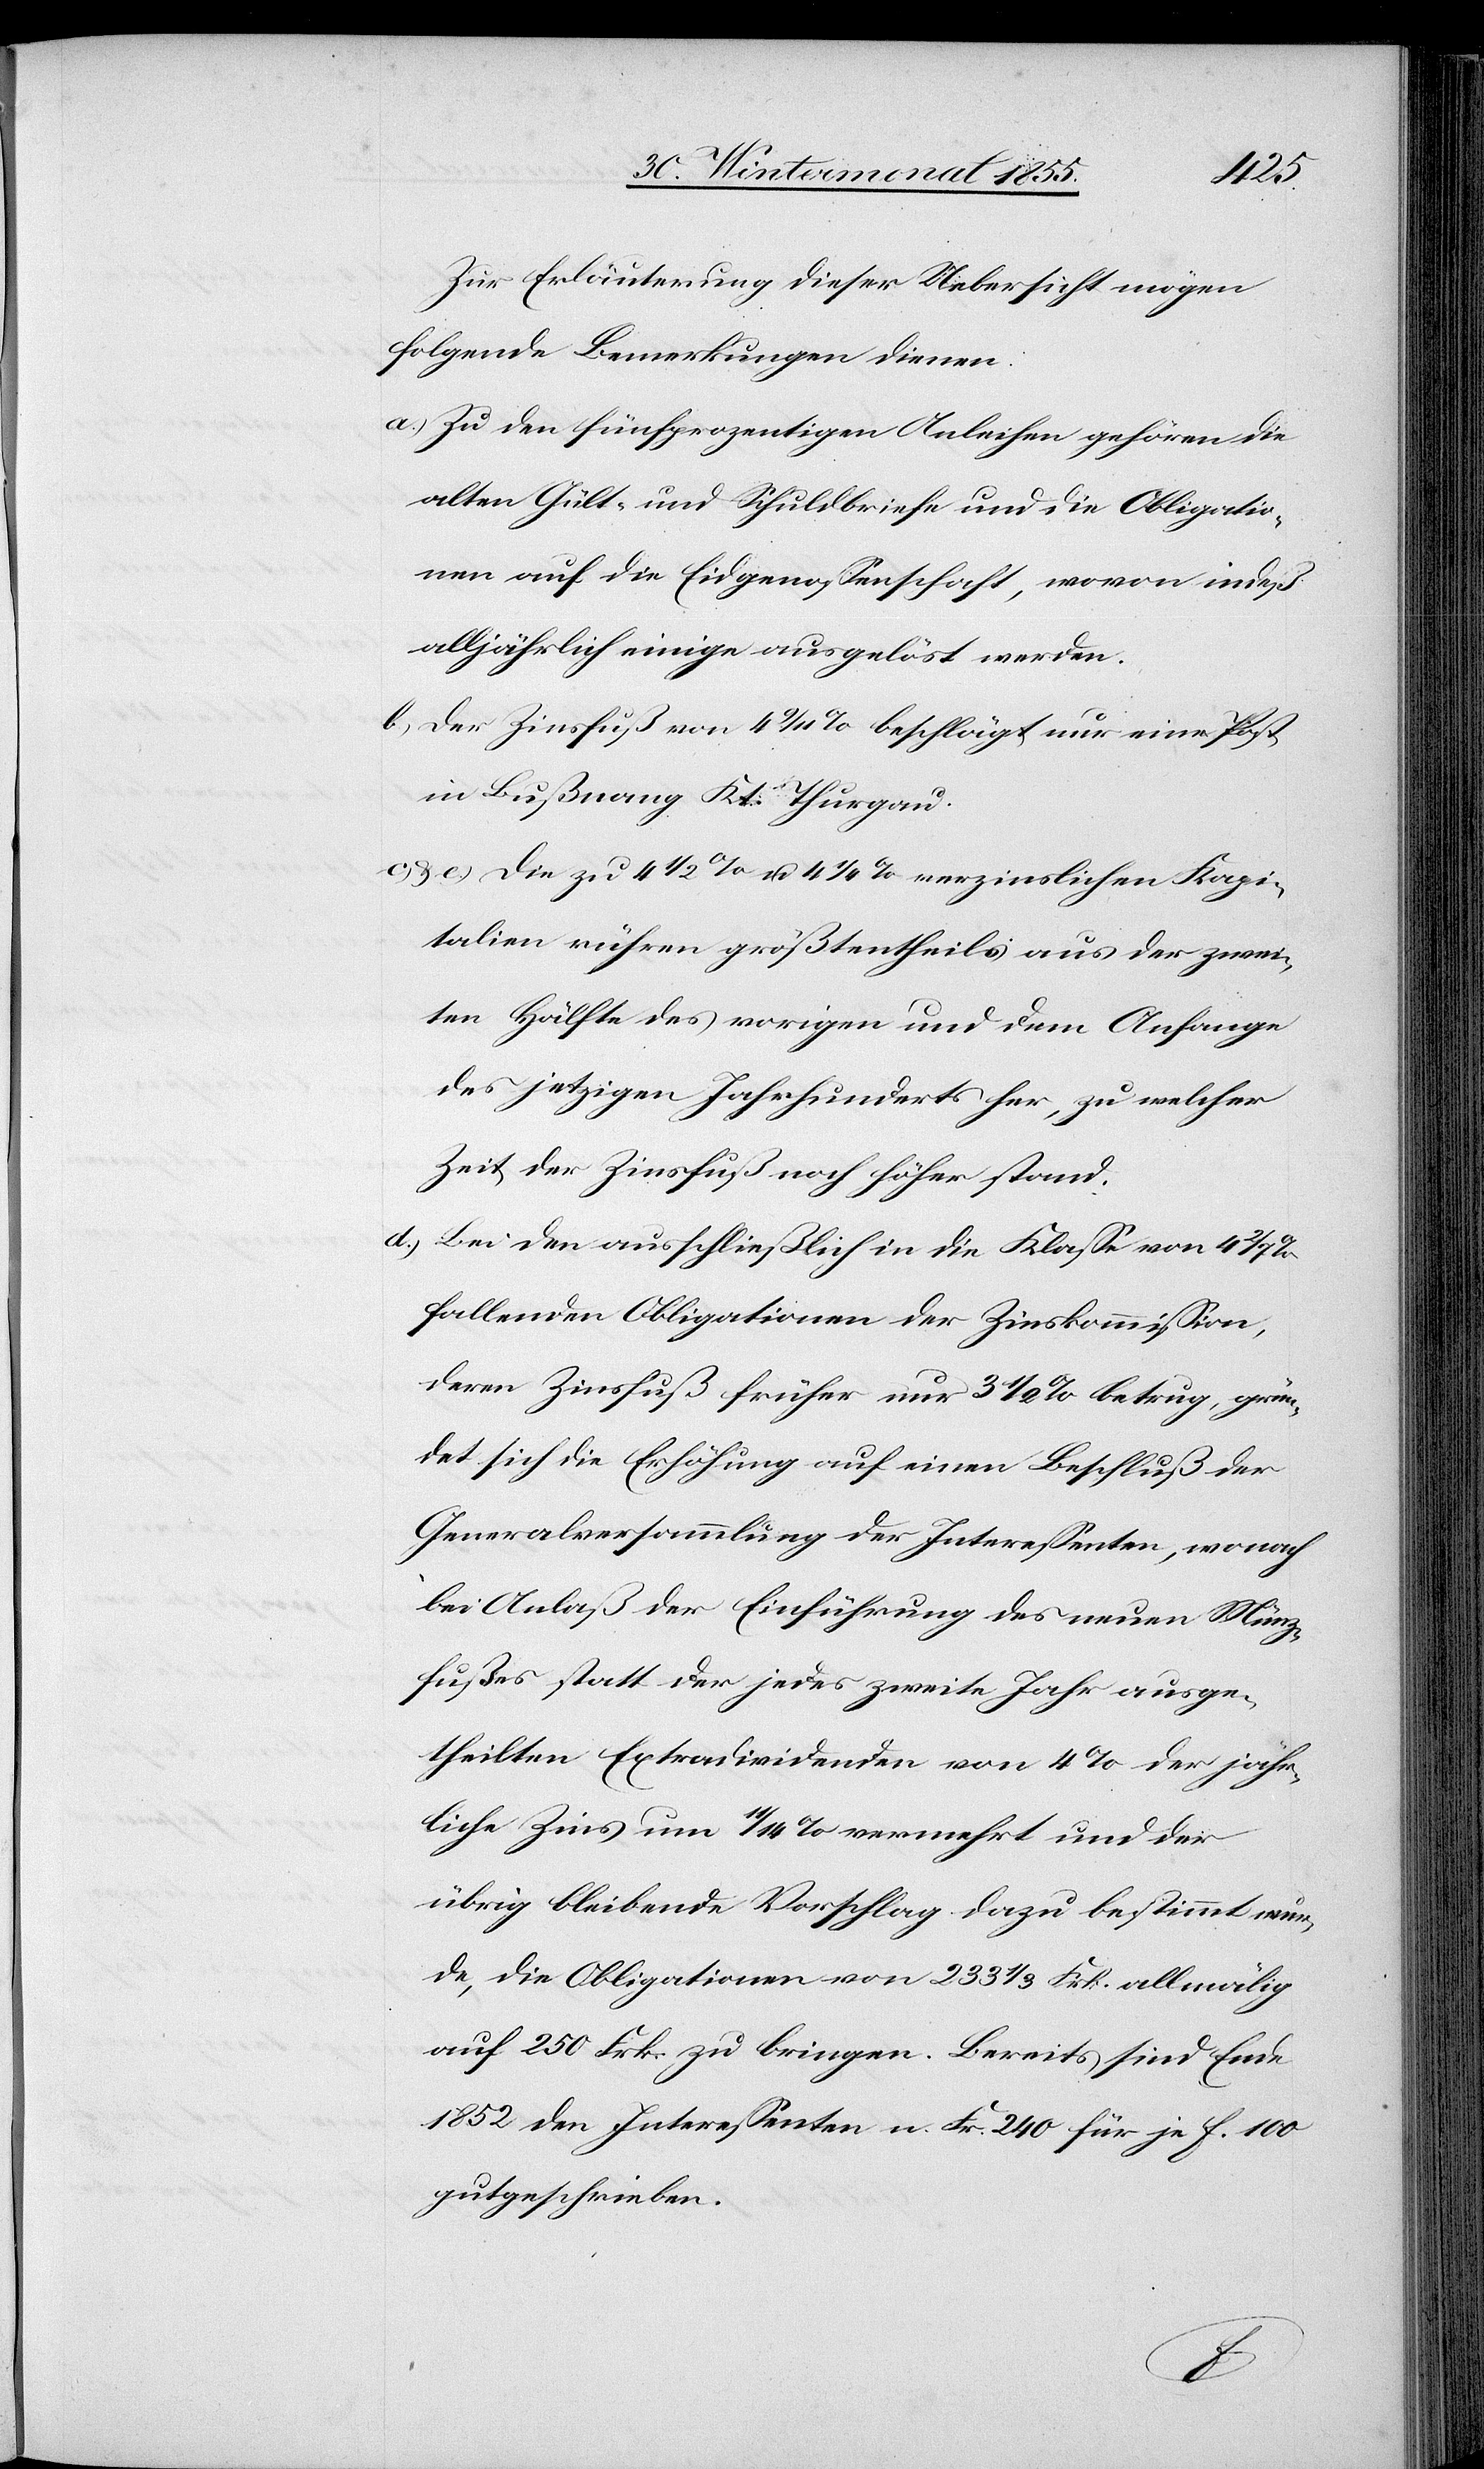
Zur Erläuterung dieser Uebersicht mögen
folgende Bemerkungen dienen:
Zu den fünfprozentigen Anleihen gehören die
alten Gült- und Schuldbriefe und die Obligatio¬
nen auf die Eidgenossenschaft, wovon indeß
alljährlich einige ausgelöst werden.
Der Zinsfuß von 4 9/11 % beschlägt nur eine Post
in Bußnang Kt. Thurgau.
Die zu 4 1/2 % u. 4 1/4 % verzinslichen Kapi¬
talien rühren größtentheils aus der zwei¬
ten Hälfte des vorigen und dem Anfange
des jetzigen Jahrhunderts her, zu welcher
Zeit der Zinsfuß noch höher stand.
Bei den ausschließlich in die Klasse von 4 2/7
fallenden Obligationen der Zinskommission,
deren Zinsfuß früher nur 3 1/2 % betrug, grün¬
det sich die Erhöhung auf einen Beschluß der
Generalversammlung der Interessenten, wonach
bei Anlaß der Einführung des neuen Münz¬
fußes statt der jedes zweite Jahr ausge¬
theilten Extradividenden von 4% der jähr¬
liche Zins um 11/14 % vermehrt und der
übrig bleibende Vorschlag dazu bestimmt wur¬
de, die Obligationen von 233 1/3 Frk. allmälig
auf 250 Frk. zu bringen. Bereits sind Ende
1852 den Interessenten n. Fr. 240 für je f. 100
gutgeschrieben.